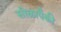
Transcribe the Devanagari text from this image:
सोळापैकी